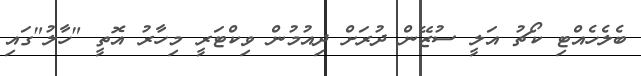
ބެލެހެއްޓި ކޯޗު އަލީ ސުޒޭން ދުރަށް ދިއުމުން ވިކްޓަރީ މިހާރު އޮތީ "ހާލު"ގައި